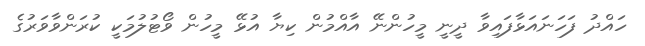
ހައްދު ފަހަނައަޅާފައިވާ ދީނީ މީހުންނޭ އާއްމުން ކިޔާ އުޅޭ މީހުން ވޯޓުލުމަކީ ކުރަންވާވަރުގެ